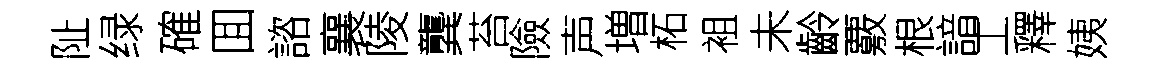
阯绿確囬諮襄陵龔苔險声増柘袓未齡覈根諳工釋姨